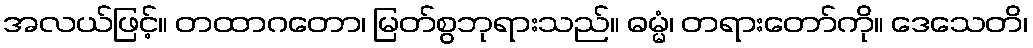
အလယ်ဖြင့်။ တထာဂတော၊ မြတ်စွဘုရားသည်။ ဓမ္မံ၊ တရားတော်ကို။ ဒေသေတိ၊